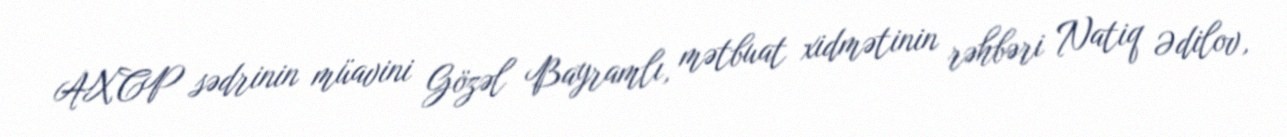
AXCP sədrinin müavini Gözəl Bayramlı, mətbuat xidmətinin rəhbəri Natiq Ədilov,